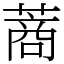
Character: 蔏